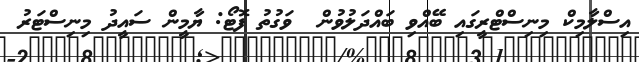
އިސްލާމިކް މިނިސްޓްރީގައި ބޭއްވި ބައްދަލުވުން  ވަގުތު ފޮޓޯ: ޔާމީން ސައީދު މިނިސްޓަރު